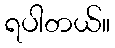
ရပါတယ်။